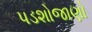
પડશોજાણો